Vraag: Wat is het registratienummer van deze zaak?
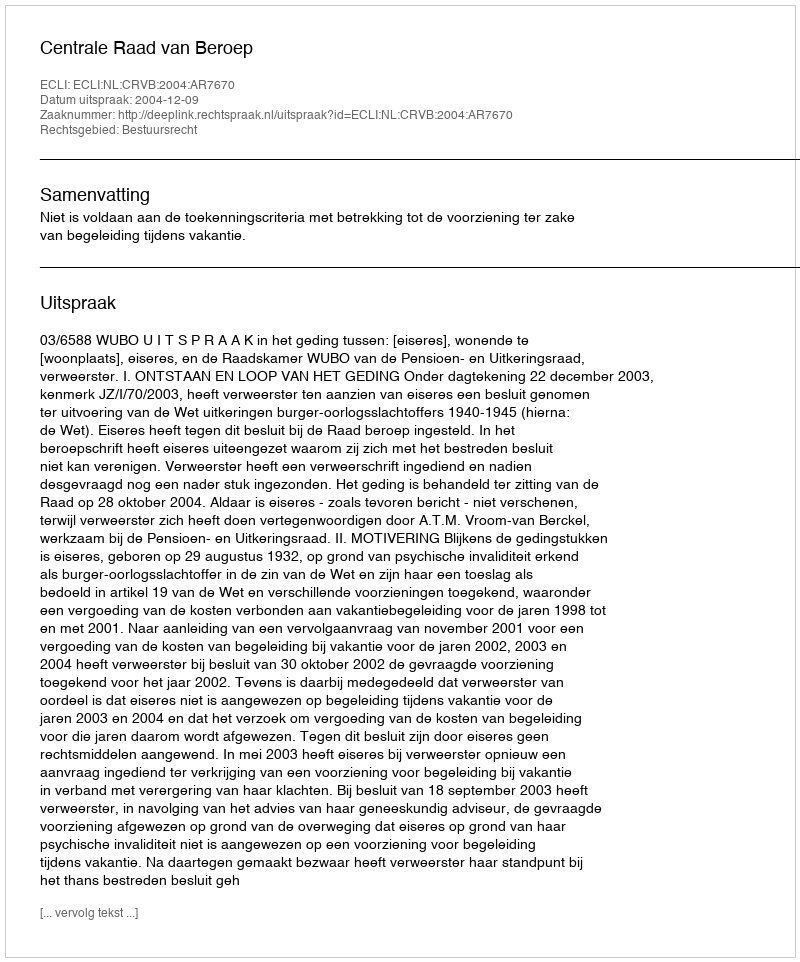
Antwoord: http://deeplink.rechtspraak.nl/uitspraak?id=ECLI:NL:CRVB:2004:AR7670